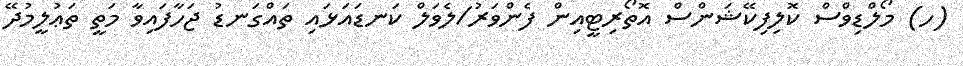
(ހ) މޯލްޑިވްސް ކޮލިފިކޭޝަންސް އޮތޯރިޓީއިން ފެންވަރު/ލެވަލް ކަނޑައަޅައި ތައްގަނޑު ޖަހާފައިވާ މަތީ ތަޢުލީމުދޭ